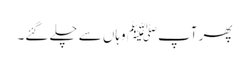
پھر آپﷺ وہاں سے چلے گئے۔